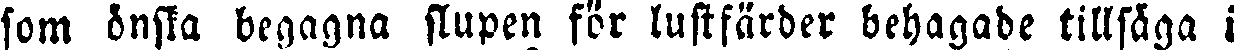
som önska begagna slupen för lustfärder behagade tillsäga i